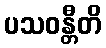
ပသဝန္တီတိ